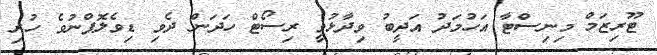
ޓޫރިޒަމް މިނިސްޓާ އަހުމަދު އަދީބު ވިދާޅުވީ ރިސޯޓް ހަދަން ދެވި ޑިވެލޮޕްނުވެ ހުރި